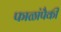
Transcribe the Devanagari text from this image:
फाळांपैकी